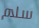
سلام